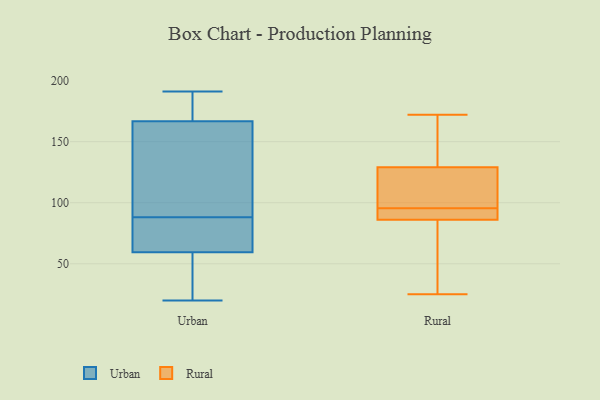
{"axis": {"x": "Humidity (%)", "y": "Value"}, "legend": ["Rural", "Urban"], "data": [{"x": "", "y": 98, "type": "Urban"}, {"x": "", "y": 84, "type": "Urban"}, {"x": "", "y": 179, "type": "Urban"}, {"x": "", "y": 71, "type": "Urban"}, {"x": "", "y": 191, "type": "Urban"}, {"x": "", "y": 88, "type": "Urban"}, {"x": "", "y": 103, "type": "Urban"}, {"x": "", "y": 63, "type": "Urban"}, {"x": "", "y": 158, "type": "Urban"}, {"x": "", "y": 175, "type": "Urban"}, {"x": "", "y": 183, "type": "Urban"}, {"x": "", "y": 49, "type": "Urban"}, {"x": "", "y": 20, "type": "Urban"}, {"x": "", "y": 23, "type": "Urban"}, {"x": "", "y": 71, "type": "Urban"}, {"x": "", "y": 24, "type": "Urban"}, {"x": "", "y": 164, "type": "Urban"}, {"x": "", "y": 161, "type": "Rural"}, {"x": "", "y": 25, "type": "Rural"}, {"x": "", "y": 92, "type": "Rural"}, {"x": "", "y": 129, "type": "Rural"}, {"x": "", "y": 104, "type": "Rural"}, {"x": "", "y": 93, "type": "Rural"}, {"x": "", "y": 86, "type": "Rural"}, {"x": "", "y": 172, "type": "Rural"}, {"x": "", "y": 72, "type": "Rural"}, {"x": "", "y": 98, "type": "Rural"}]}